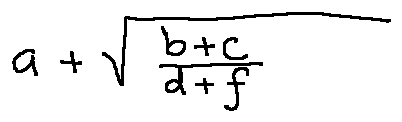
a + \sqrt { \frac { b + c } { d + f } }